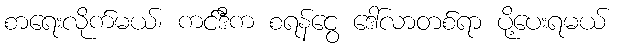
စာရေးလိုက်မယ်၊ ကင်ဒီက စရန်ငွေ ဒေါ်လာတစ်ရာ ပို့ပေးရမယ်